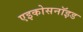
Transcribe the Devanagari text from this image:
एइकोसनॉइड